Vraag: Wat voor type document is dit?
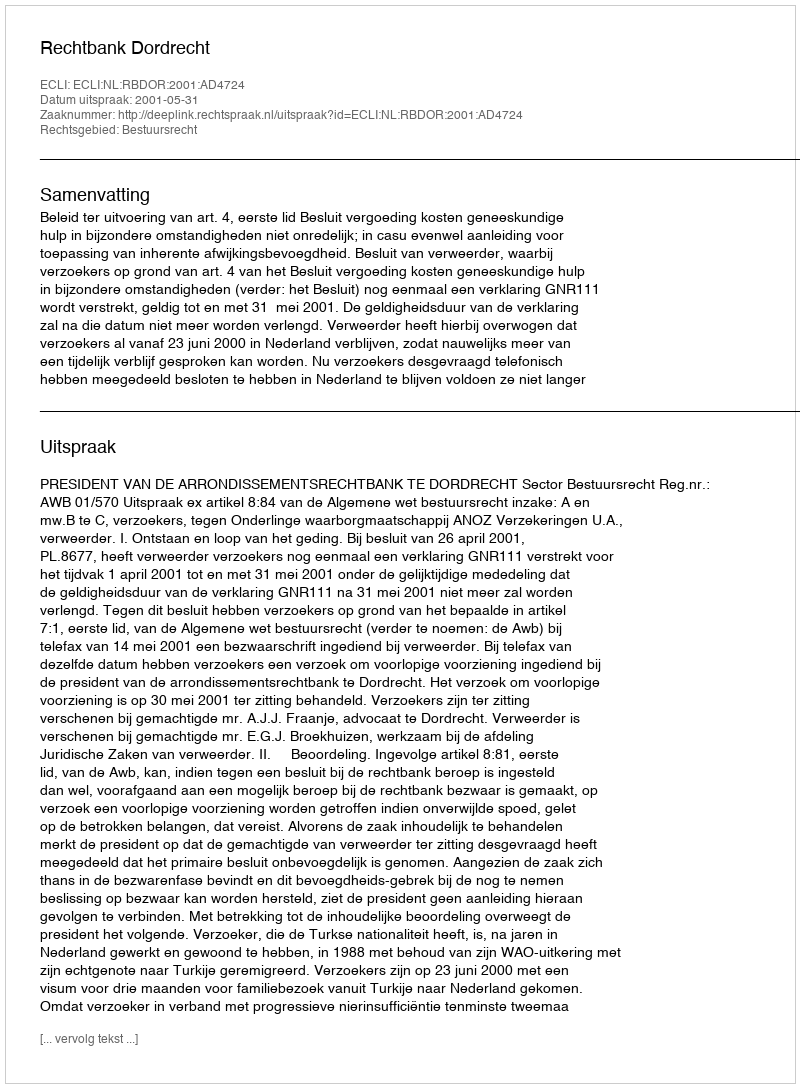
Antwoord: Uitspraak